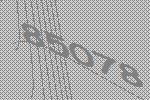
85078